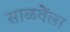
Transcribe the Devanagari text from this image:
साळवेंला